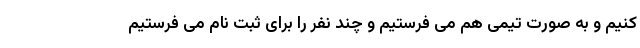
کنیم و به صورت تیمی هم می فرستیم و چند نفر را برای ثبت نام می فرستیم